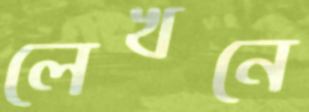
লেখনে